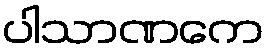
ပါသာဏကေ